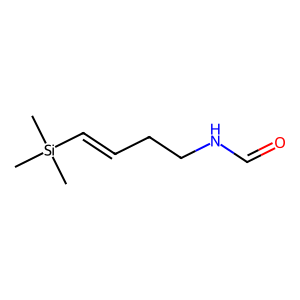
SMILES: C[Si](C)(C)C=CCCNC=O
Inhibits HIV replication: No